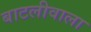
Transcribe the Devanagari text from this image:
बाटलीवाला